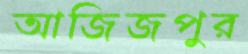
আজিজপুর